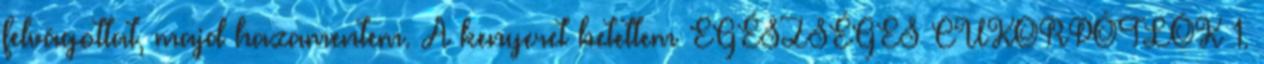
felvágottat, majd hazamentem. A kenyeret betettem EGÉSZSÉGES CUKORPÓTLÓK 1.